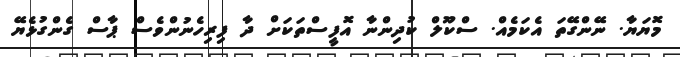
މޮޔަޔާ. ނޭންގޭތަ އެކަމެއް. ސްކޫލް ކުދިންނާ އޮފީސްތަކަށް ދާ ފިރިހެނުންވެސް ޕާސް ގެންގުޅެޔޭ